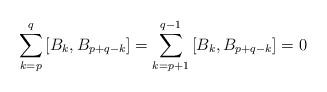
LaTeX: \begin{align*}\sum_{k=p}^q \left[B_k,B_{p+q-k}\right] = \sum_{k=p+1}^{q-1}\left[B_k,B_{p+q-k}\right]= 0\end{align*}